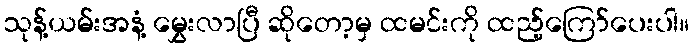
သုန့်ယမ်းအနံ့ မွှေးလာပြီ ဆိုတော့မှ ထမင်းကို ထည့်ကြော်ပေးပါ။